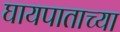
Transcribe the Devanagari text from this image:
घायपाताच्या